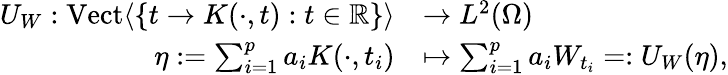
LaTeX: \begin{array}{rl}{U_{W}:\textrm{Vect}\langle\{ t\rightarrow K(\cdot,t):t\in\mathbb{R}\} \rangle}&{\rightarrow L^{2}(\Omega)}\\ {\eta:=\sum_{i=1}^{p}a_{i}K(\cdot,t_{i})}&{\mapsto\sum_{i=1}^{p}a_{i}W_{t_{i}}=:U_{W}(\eta),}\end{array}